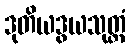
ဒုတိယဒွယသုတ္တံ